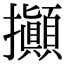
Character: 攧